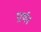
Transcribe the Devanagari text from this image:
प्रार्थन